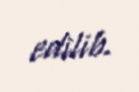
edilib.